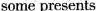
some presents